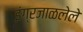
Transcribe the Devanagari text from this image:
इंग्रजाळलेले